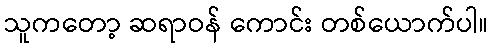
သူကတော့ ဆရာဝန် ကောင်း တစ်ယောက်ပါ။